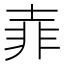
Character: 𡔭